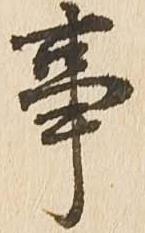
事